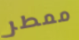
ممطر